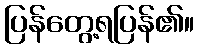
ပြန်တွေ့ရပြန်၏။